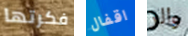
فكرتها اقفال والر